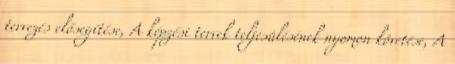
tervezés elősegítése, A képzési tervek teljesülésének nyomon követése, A